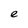
Character: e